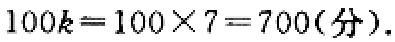
$100k = 100\times7 = 700(分).$